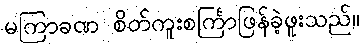
မကြာခဏ စိတ်ကူးစင်္ကြာဖြန်ခဲ့ဖူးသည်။